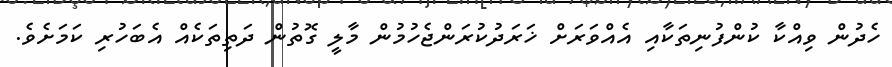
ހެދުން ވިއްކާ ކުންފުނިތަކާއި އެއްވަރަށް ޚަރަދުކުރަންޖެހުމުން މާލީ ގޮތުން ދަތިތަކެއް އެބަހުރި ކަމަށެވެ.